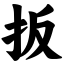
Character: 扳